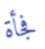
فجأة